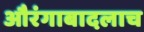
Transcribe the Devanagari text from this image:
औरंगाबादलाच